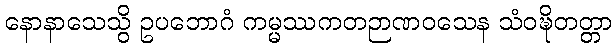
နောနာသေသွိ ဥပဘောဂံ ကမ္မဿကတဉာဏဝသေန သံဝဍ္ဎိတတ္တာ